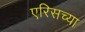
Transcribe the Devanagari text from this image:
एरिसच्या